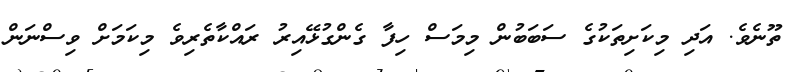
ތޫނެވެ. އަދި މިކަށިތަކުގެ ސަބަބުން މިމަސް ހިފާ ގެންގުޅޭއިރު ރައްކާތެރިވެ މިކަމަށް ވިސްނަން